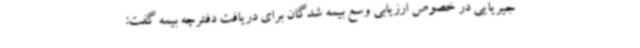
جیریایی در خصوص ارزیابی وسع بیمه شدگان برای دریافت دفترچه بیمه گفت: